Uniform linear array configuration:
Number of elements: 8
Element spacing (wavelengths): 0.25
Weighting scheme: hann
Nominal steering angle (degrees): -30
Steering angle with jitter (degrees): -31.464
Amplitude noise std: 0.05
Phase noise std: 0.05

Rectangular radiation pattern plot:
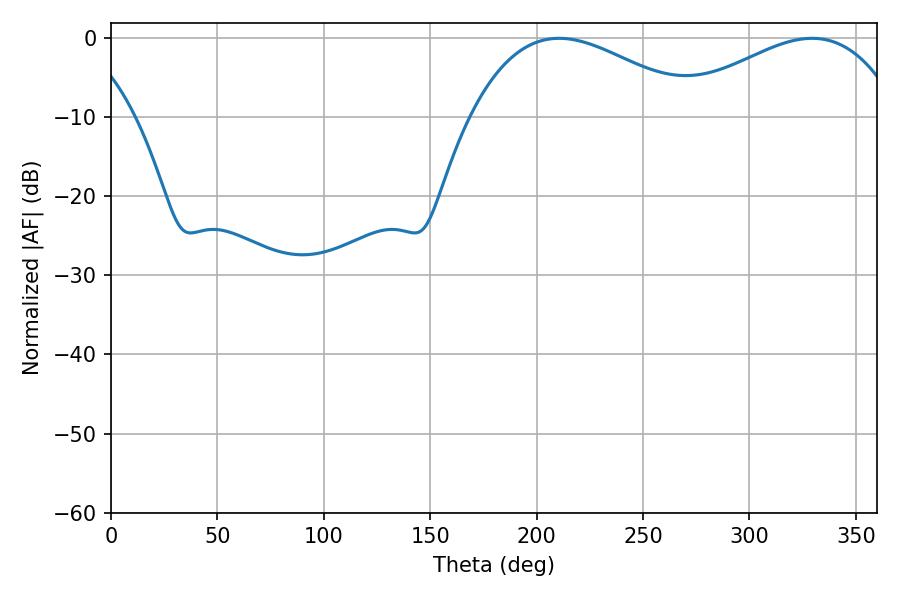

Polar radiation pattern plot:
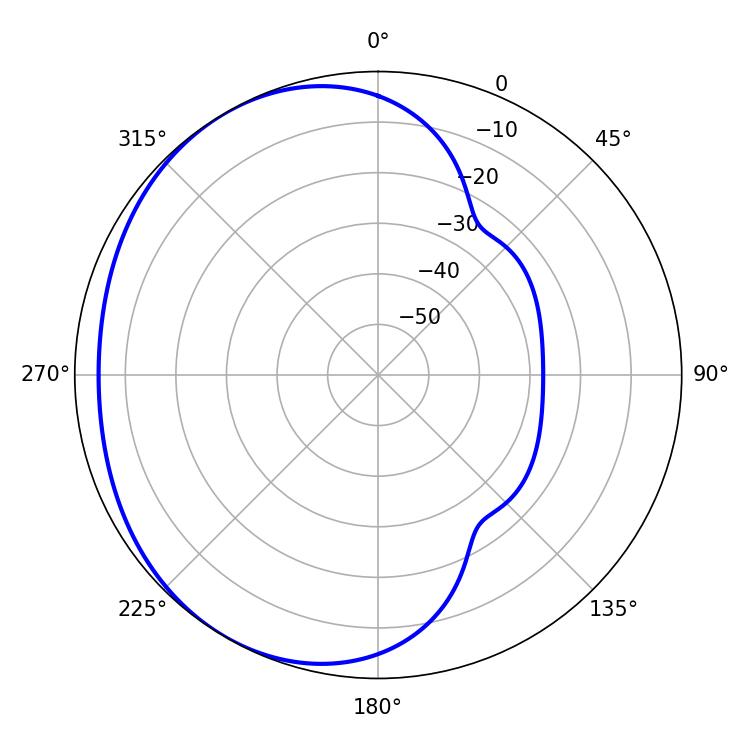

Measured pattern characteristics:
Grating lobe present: FALSE
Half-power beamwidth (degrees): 59.04
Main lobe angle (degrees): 210.6